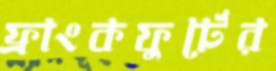
ফ্রাংকফুর্টের